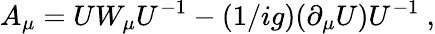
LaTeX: A_{\mu}=UW_{\mu}U^{-1}-(1/ig)(\partial_{\mu}U)U^{-1}~,